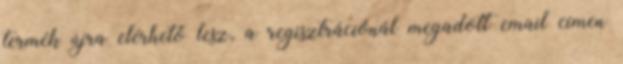
termék újra elérhető lesz, a regisztrációnál megadott email címen